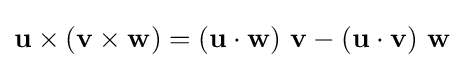
\mathbf {u} \times (\mathbf {v} \times \mathbf {w} )=(\mathbf {u} \cdot \mathbf {w} )\ \mathbf {v} -(\mathbf {u} \cdot \mathbf {v} )\ \mathbf {w}